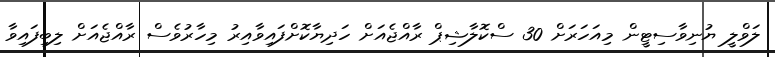
ލަވްލީ ޔުނިވާސިޓީން މިއަހަރަށް 30 ސްކޮލާޝިޕް ރާއްޖެއަށް ހަދިޔާކޮށްފައިވާއިރު މިހާރުވެސް ރާއްޖެއަށް ލިބިފައިވާ